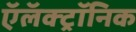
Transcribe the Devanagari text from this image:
ऍलॅक्ट्रॉनिक